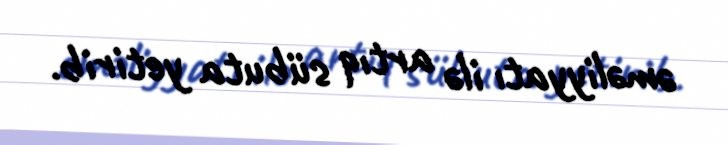
əməliyyatı ilə artıq sübuta yetirib.